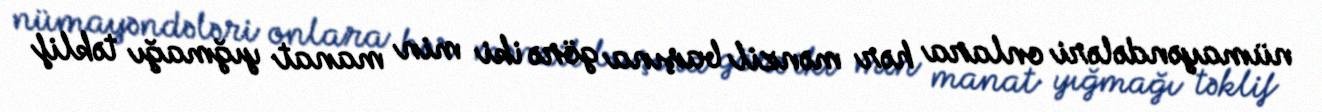
nümayəndələri onlara hər mənzil başına görə iki min manat yığmağı təklif